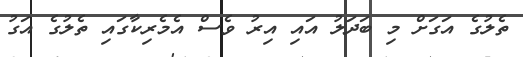
ތެލުުގެ އަގަށް މި ބަދަލު އައި އިރު ވެސް އެމެރިކާގައި ތެލުގެ އަގު